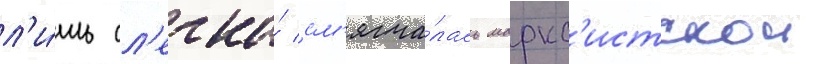
л'и́шь сл'егка́ см'ягча́лась маркс'истскои